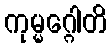
ကုမ္မဂ္ဂေါတိ